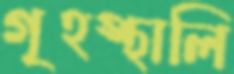
গৃহস্থালি